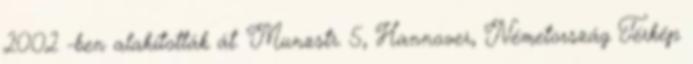
2002 -ben alakították át. Munzstr. 5, Hannover, Németország Térkép